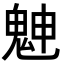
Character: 䰠